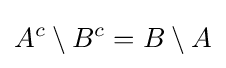
A^{c}\setminus B^{c}=B\setminus A